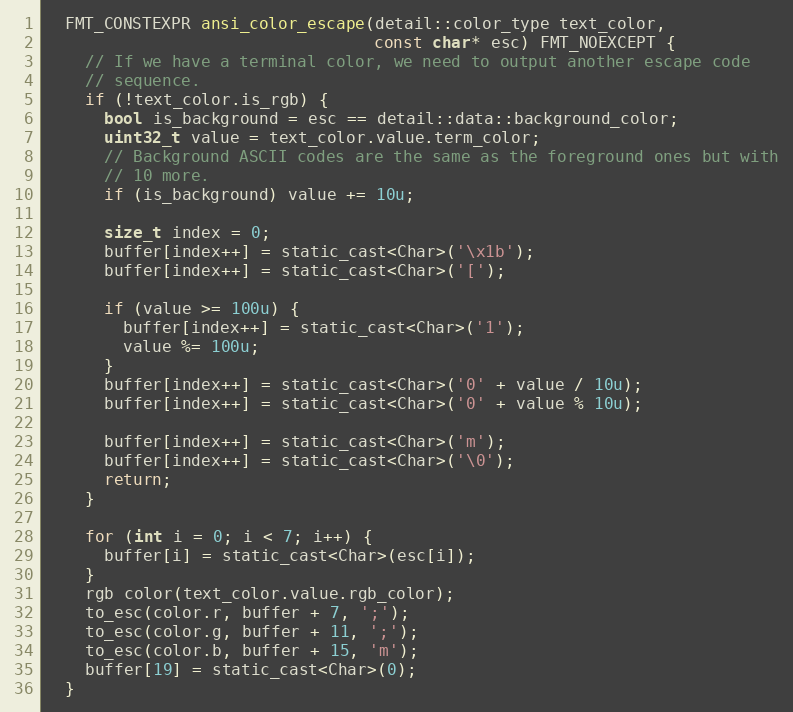
Language: C
  FMT_CONSTEXPR ansi_color_escape(detail::color_type text_color,
                                  const char* esc) FMT_NOEXCEPT {
    // If we have a terminal color, we need to output another escape code
    // sequence.
    if (!text_color.is_rgb) {
      bool is_background = esc == detail::data::background_color;
      uint32_t value = text_color.value.term_color;
      // Background ASCII codes are the same as the foreground ones but with
      // 10 more.
      if (is_background) value += 10u;

      size_t index = 0;
      buffer[index++] = static_cast<Char>('\x1b');
      buffer[index++] = static_cast<Char>('[');

      if (value >= 100u) {
        buffer[index++] = static_cast<Char>('1');
        value %= 100u;
      }
      buffer[index++] = static_cast<Char>('0' + value / 10u);
      buffer[index++] = static_cast<Char>('0' + value % 10u);

      buffer[index++] = static_cast<Char>('m');
      buffer[index++] = static_cast<Char>('\0');
      return;
    }

    for (int i = 0; i < 7; i++) {
      buffer[i] = static_cast<Char>(esc[i]);
    }
    rgb color(text_color.value.rgb_color);
    to_esc(color.r, buffer + 7, ';');
    to_esc(color.g, buffer + 11, ';');
    to_esc(color.b, buffer + 15, 'm');
    buffer[19] = static_cast<Char>(0);
  }